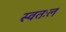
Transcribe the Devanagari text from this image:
स्वतःल